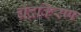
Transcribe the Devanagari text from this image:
चंद्रकिरण